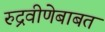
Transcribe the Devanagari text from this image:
रुद्रवीणेबाबत